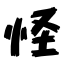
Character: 怪